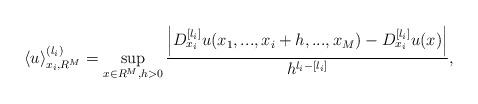
LaTeX: \begin{align*}\left\langle u\right\rangle _{x_{i},R^{M}}^{(l_{i})}=\sup_{x\in R^{M},h>0}\frac{\left\vert D_{x_{i}}^{[l_{i}]}u(x_{1},...,x_{i}+h,...,x_{M})-D_{x_{i}}^{[l_{i}]}u(x)\right\vert }{h^{l_{i}-[l_{i}]}}, \end{align*}